Studies on the mouth parts a Comparative anatomy of the proboscis in the blood-sucking muscidae - Number 60
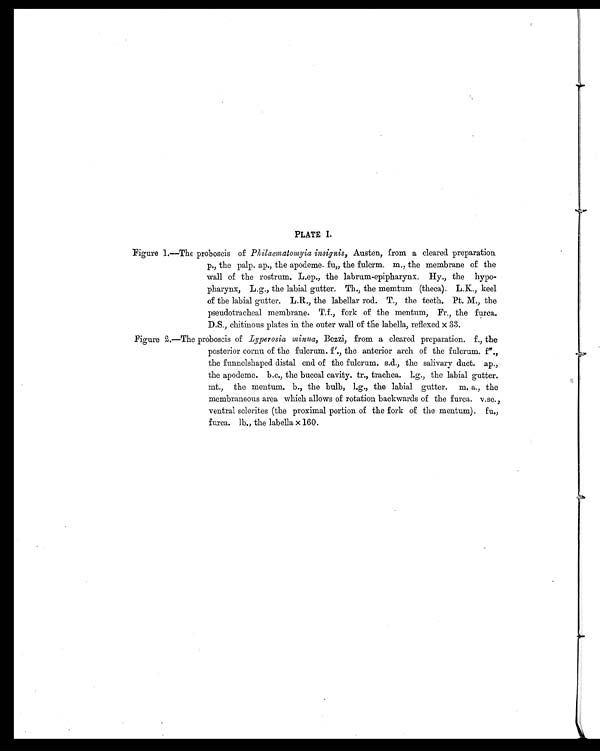
PLATE I.
Figure 1.—The proboscis of Philaematomyia insignis, Austen, from a cleared preparation
p., the palp. ap., the apodeme. fu„ the fulcrm. m., the membrane of the
wall of the rostrum. L.ep., the labrum-epipharynx. Hy., the hypo-
pharynx, L.g., the labial gutter. Th., the memtum (theca). L.K., keel
of the labial gutter. L.R., the labellar rod. T., the teeth. Pt. M., the
pseudotracheal membrane. T.f., fork of the mentum, Fr., the furca.
D.S., chitinous plates in the outer wall of the labella, reflexed x 33.
Figure 2.—The proboscis of Lyperosia minua, Bezzi, from a cleared preparation. f., the
posterior cornu of the fulcrum. f'., the anterior arch of the fulcrum. f".,
the funnelshaped distal end of the fulcrum. s.d., the salivary duct. ap.,
the apodeme. b.c., the buccal cavity. tr., trachea. l.g., the labial gutter.
mt., the mentum. b., the bulb, l.g., the labial gutter. m. a., the
membraneous area which allows of rotation backwards of the furca.
v . s c . , v e n t r a l s c l e r i t e s ( t h e p r o x i m a l p o r t i o n o f t h e f o r k o f t h e m e n t u m ) . f u . ,
furca. lb., the labella x 160.